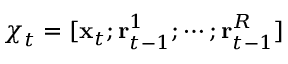
{ \boldsymbol { \chi } } _ { t } = [ \mathbf { x } _ { t } ; \mathbf { r } _ { t - 1 } ^ { 1 } ; \cdots ; \mathbf { r } _ { t - 1 } ^ { R } ]